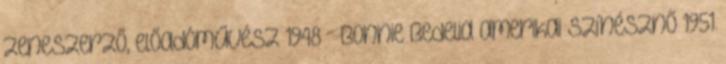
zeneszerző, előadóművész 1948 – Bonnie Bedelia amerikai színésznő 1951